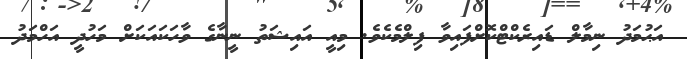
އަޙުމަދު ނިމާލް ޑައިރެކްޓްކޮށްފައިވާ ފިލްމެކެވެ. މިއީ އައިޝަތު ނީނާގެ ވާހަކައަކަށް މަހުދީ އަހްމަދު